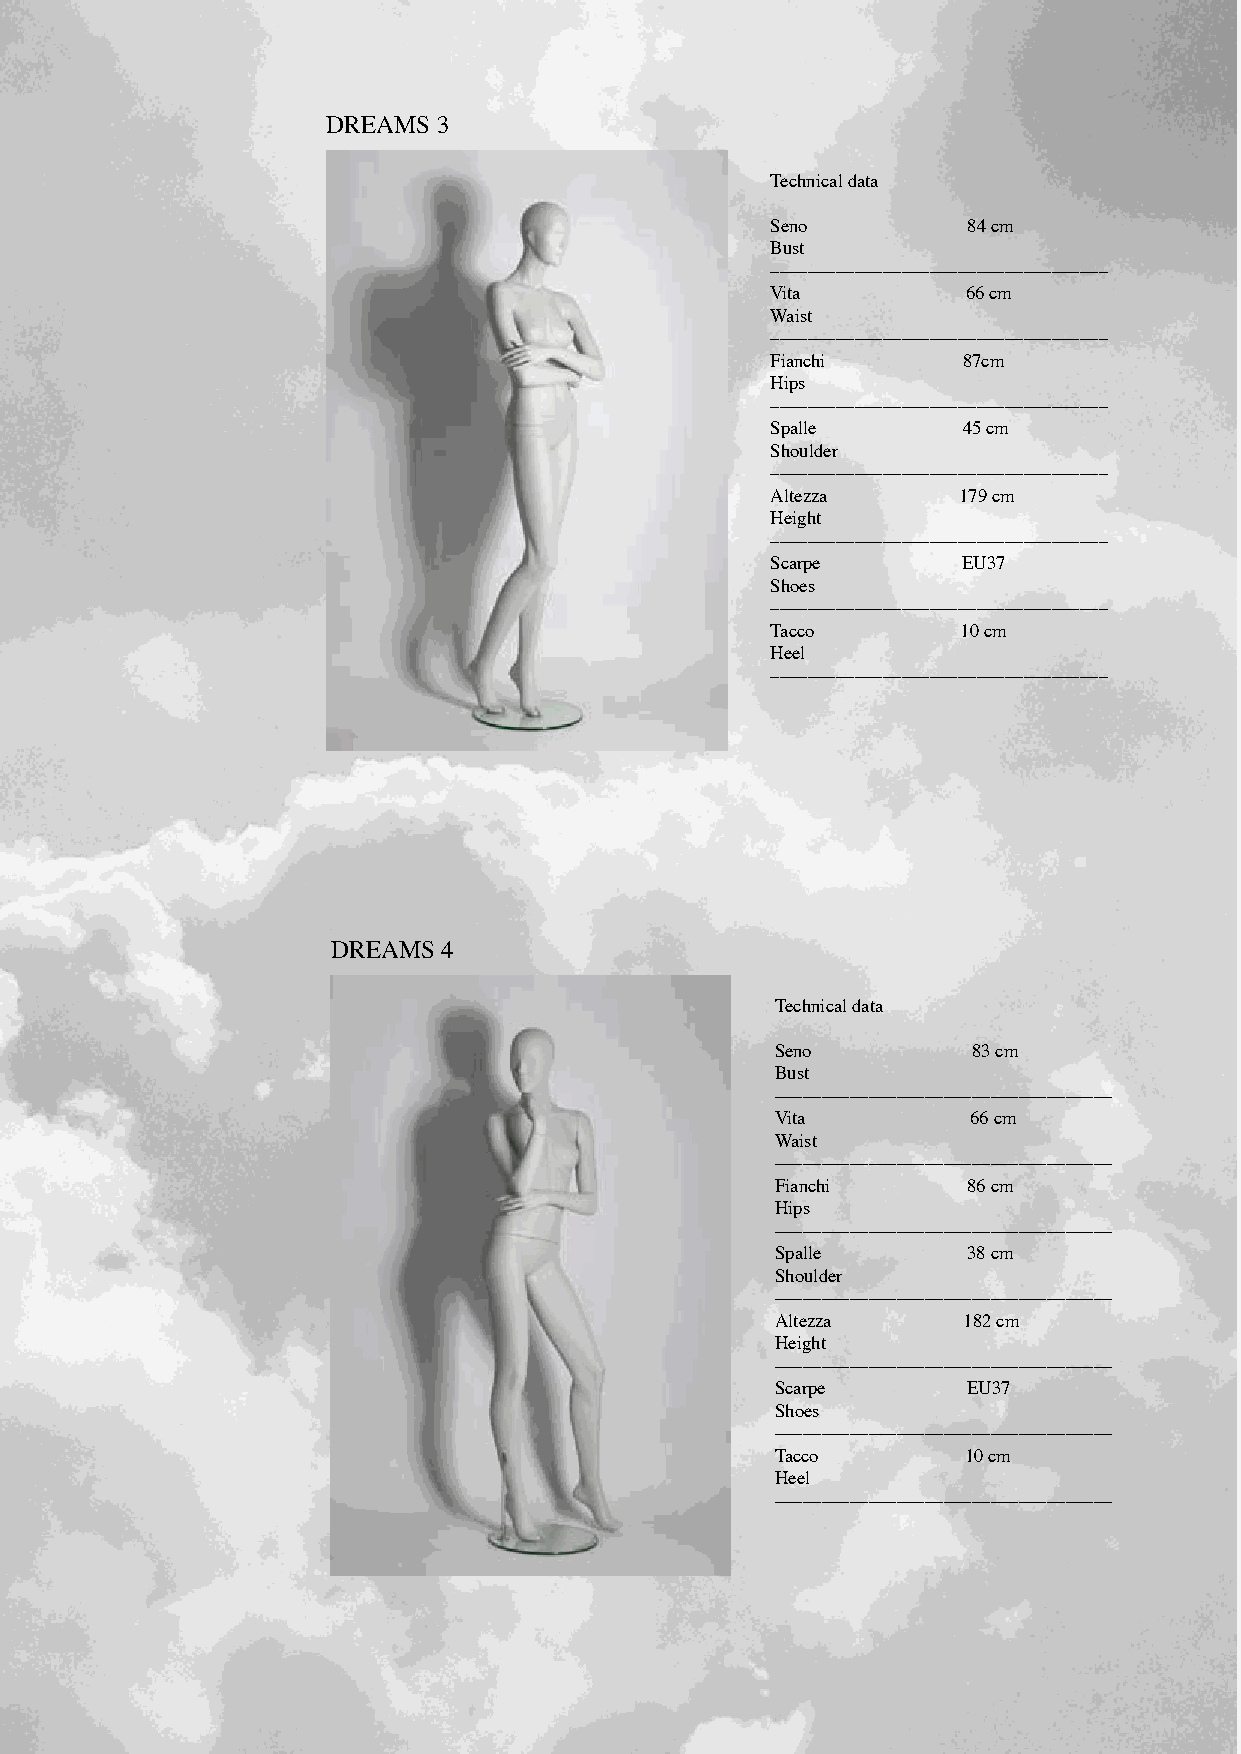
DREAMS 3
 Technical data
 Seno         84 cm
 Bust
 ––––––––––––––––––––––––––––––––––––
 Vita         66 cm
 Waist
 ––––––––––––––––––––––––––––––––––––
 Fianchi      87cm
 Hips
 ––––––––––––––––––––––––––––––––––––
 Spalle       45 cm
 Shoulder
 ––––––––––––––––––––––––––––––––––––
 Altezza     179 cm
 Height
 ––––––––––––––––––––––––––––––––––––
 Scarpe       EU37
 Shoes
 ––––––––––––––––––––––––––––––––––––
 Tacco        10 cm
 Heel
 ––––––––––––––––––––––––––––––––––––
 DREAMS 4
 Technical data
 Seno         83 cm
 Bust
 ––––––––––––––––––––––––––––––––––––
 Vita         66 cm
 Waist
 ––––––––––––––––––––––––––––––––––––
 Fianchi      86 cm
 Hips
 ––––––––––––––––––––––––––––––––––––
 Spalle       38 cm
 Shoulder
 ––––––––––––––––––––––––––––––––––––
 Altezza      182 cm
 Height
 ––––––––––––––––––––––––––––––––––––
 Scarpe       EU37
 Shoes
 ––––––––––––––––––––––––––––––––––––
 Tacco        10 cm
 Heel
 ––––––––––––––––––––––––––––––––––––